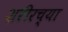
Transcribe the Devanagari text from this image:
शरीरच्या